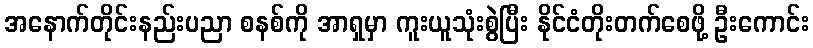
အနောက်တိုင်းနည်းပညာ စနစ်ကို အာရှမှာ ကူးယူသုံးစွဲပြီး နိုင်ငံတိုးတက်စေဖို့ ဦးကောင်း